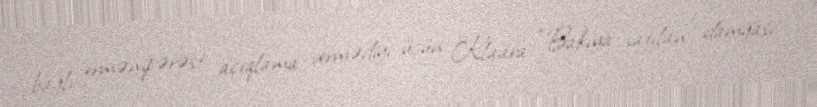
bağlı ermənipərəst açıqlama vermədiyi üçün Klaara “Bakıya satılan” damğası